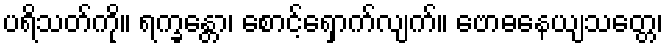
ပရိသတ်ကို။ ရက္ခန္တော၊ စောင့်ရှောက်လျက်။ ဗောဓနေယျသတ္တေ၊